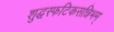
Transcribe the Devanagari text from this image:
शुद्धस्फटिकसन्निभम्